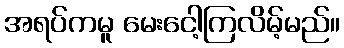
အရပ်ကမူ မေးငေါ့ကြလိမ့်မည်။